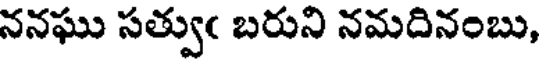
ననఘు సత్వుఁ బరుని నమదినంబు,